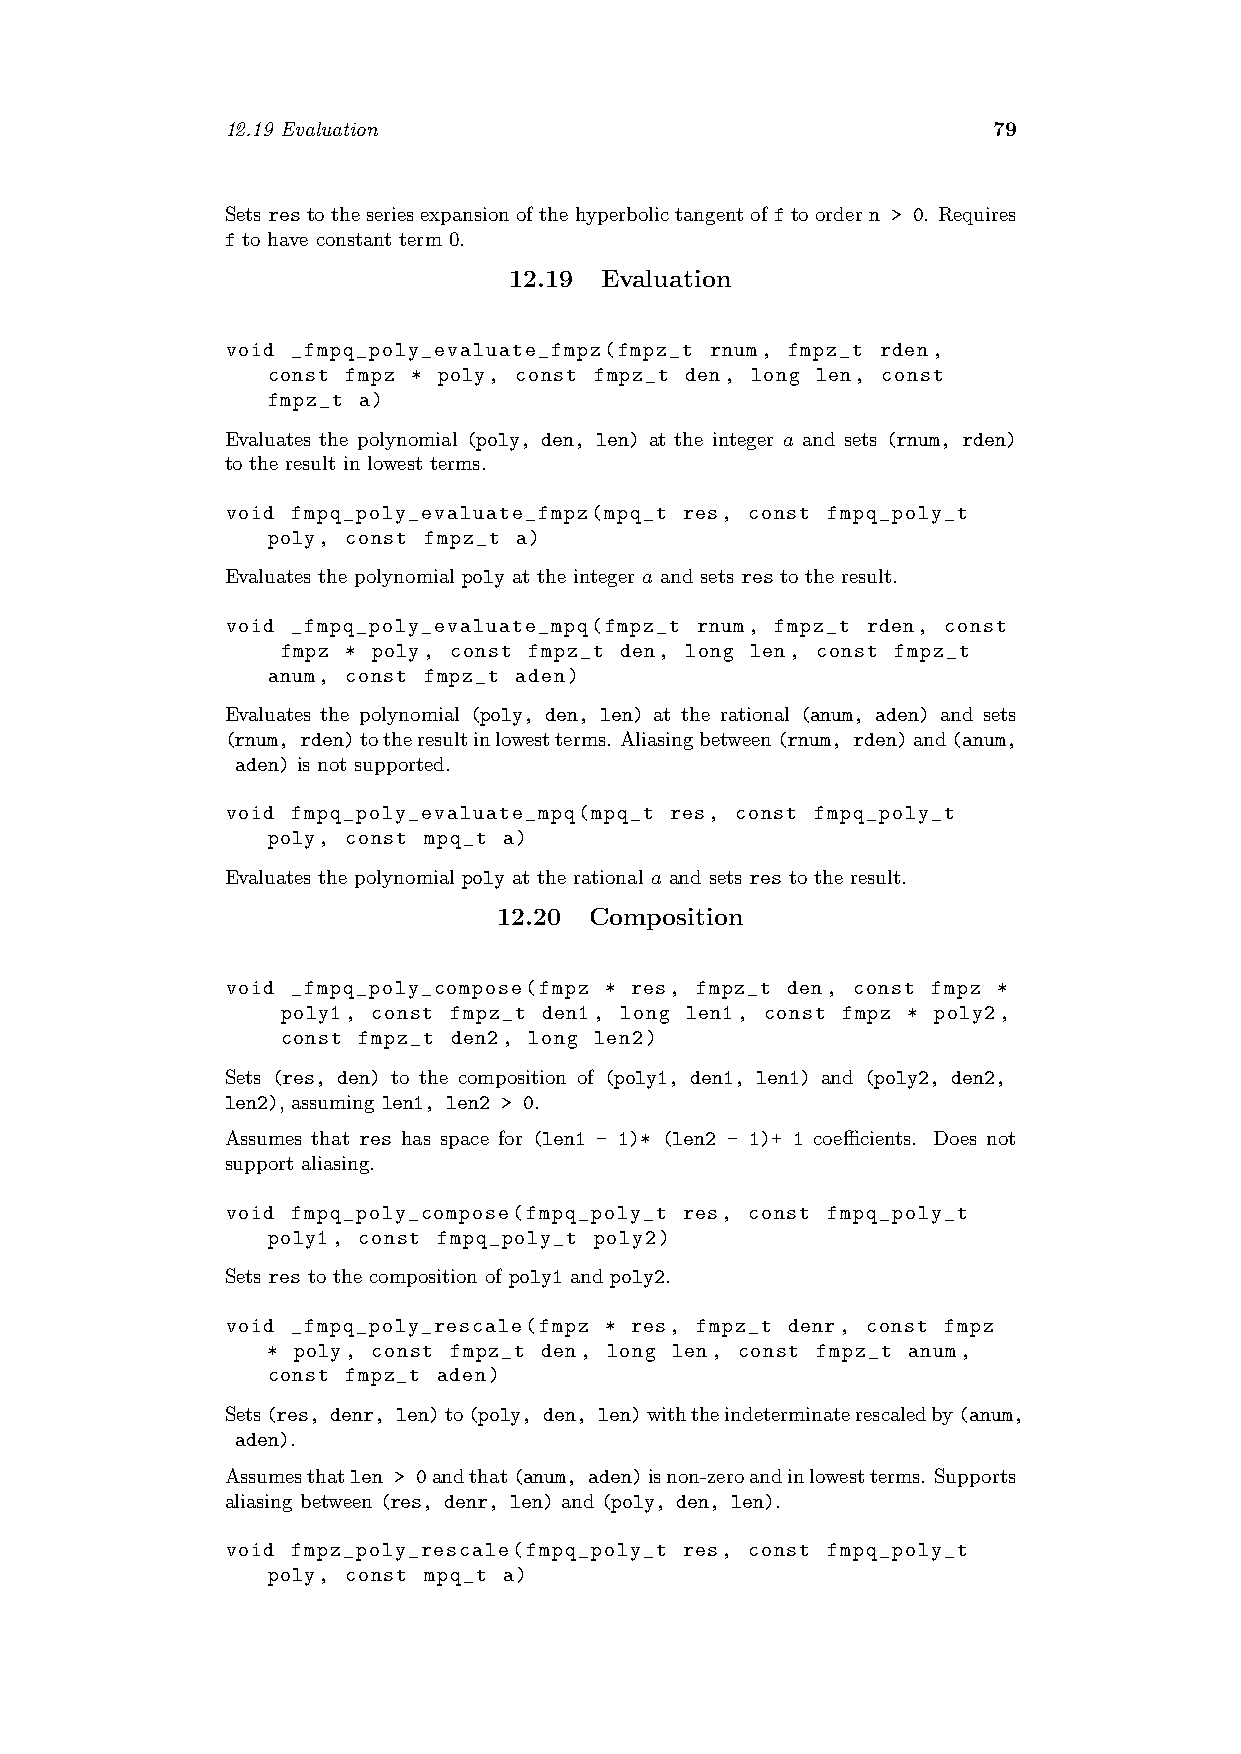
12.19 Evaluation                                   79
 Setsrestotheseriesexpansionofthehyperbolictangentofftoordern > 0. Requires
 f to have constant term 0.
 12.19 Evaluation
 void _fmpq_poly_evaluate_fmpz(fmpz_t rnum, fmpz_t rden,
 const fmpz * poly, const fmpz_t den, long len, const
 fmpz_t a)
 Evaluates the polynomial (poly, den, len) at the integer a and sets (rnum, rden)
 to the result in lowest terms.
 void fmpq_poly_evaluate_fmpz(mpq_t res, const fmpq_poly_t
 poly, const fmpz_t a)
 Evaluates the polynomial poly at the integer a and sets res to the result.
 void _fmpq_poly_evaluate_mpq(fmpz_t rnum, fmpz_t rden, const
 fmpz * poly, const fmpz_t den, long len, const fmpz_t
 anum, const fmpz_t aden)
 Evaluates the polynomial (poly, den, len) at the rational (anum, aden) and sets
 (rnum, rden)totheresultinlowestterms. Aliasingbetween(rnum, rden)and(anum,
 aden) is not supported.
 void fmpq_poly_evaluate_mpq(mpq_t res, const fmpq_poly_t
 poly, const mpq_t a)
 Evaluates the polynomial poly at the rational a and sets res to the result.
 12.20 Composition
 void _fmpq_poly_compose(fmpz * res, fmpz_t den, const fmpz *
 poly1, const fmpz_t den1, long len1, const fmpz * poly2,
 const fmpz_t den2, long len2)
 Sets (res, den) to the composition of (poly1, den1, len1) and (poly2, den2,
 len2), assuming len1, len2 > 0.
 Assumes that res has space for (len1 - 1)* (len2 - 1)+ 1 coefficients. Does not
 support aliasing.
 void fmpq_poly_compose(fmpq_poly_t res, const fmpq_poly_t
 poly1, const fmpq_poly_t poly2)
 Sets res to the composition of poly1 and poly2.
 void _fmpq_poly_rescale(fmpz * res, fmpz_t denr, const fmpz
 * poly, const fmpz_t den, long len, const fmpz_t anum,
 const fmpz_t aden)
 Sets(res, denr, len)to(poly, den, len)withtheindeterminaterescaledby(anum,
 aden).
 Assumesthatlen > 0andthat(anum, aden)isnon-zeroandinlowestterms. Supports
 aliasing between (res, denr, len) and (poly, den, len).
 void fmpz_poly_rescale(fmpq_poly_t res, const fmpq_poly_t
 poly, const mpq_t a)